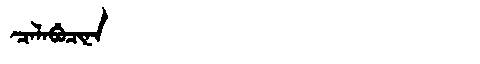
Manchu: ᠴᠠᠯᠠᠪᡠᠴᡳᠨᠠ
Romanization: CALABUCINA